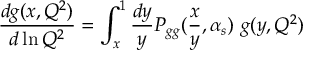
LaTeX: \frac { d g ( x , Q ^ { 2 } ) } { d \ln Q ^ { 2 } } = \int _ { x } ^ { 1 } \frac { d y } { y } P _ { g g } ( \frac { x } { y } , \alpha _ { s } ) \ g ( y , Q ^ { 2 } )